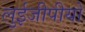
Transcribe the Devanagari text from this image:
लुईजीपीयो